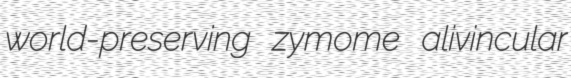
world-preserving zymome alivincular